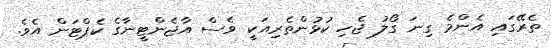
ތެރޭގައި އެންމެ ގިނަ ގޯލު ޖެހި ކުޅުންތެރިއަކީ ވެސް އާޖެންޓީނާގެ ކެޕްޓަން އެވެ.